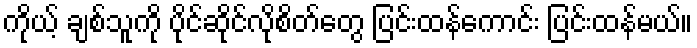
ကိုယ့် ချစ်သူကို ပိုင်ဆိုင်လိုစိတ်တွေ ပြင်းထန်ကောင်း ပြင်းထန်မယ်။